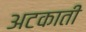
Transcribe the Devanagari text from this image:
अटकाती